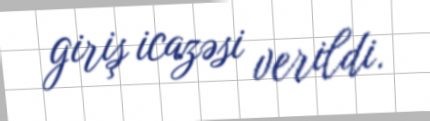
giriş icazəsi verildi.